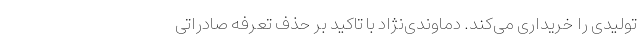
تولیدی را خریداری می‌کند. دماوندی‌نژاد با تاکید بر حذف تعرفه صادراتی